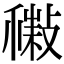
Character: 𢿹